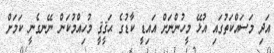
އަދި މަސައްކަތުގައި އުޅޭ މީހުންނަށް އައިޑީ ކާޑުގެ ޙަޤީޤީ މުހިއްމުކަން ނޭނގެނީ ކަމަށް